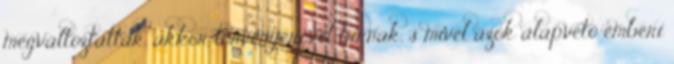
megváltoztatták, akkor törvényerõvel bírnak, s mivel azok alapvetõ emberi